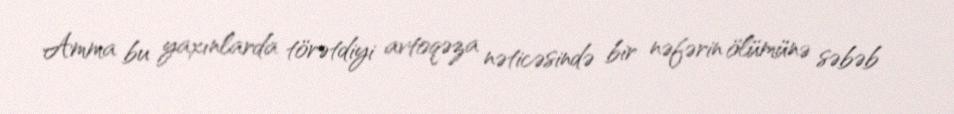
Amma bu yaxınlarda törətdiyi avtoqəza nəticəsində bir nəfərin ölümünə səbəb